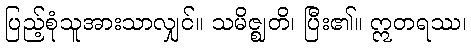
ပြည့်စုံသူအားသာလျှင်။ သမိဇ္ဈတိ၊ ပြီး၏။ ဣတရဿ၊